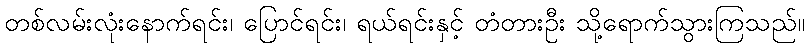
တစ်လမ်းလုံးနောက်ရင်း၊ ပြောင်ရင်း၊ ရယ်ရင်းနှင့် တံတားဦး သို့ရောက်သွားကြသည်။